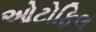
ઓટોફિલ